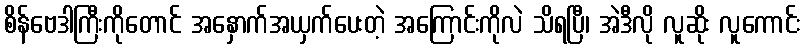
စိန်ဗေဒါကြီးကိုတောင် အနှောက်အယှက်ပေးတဲ့ အကြောင်းကိုလဲ သိရပြီ၊ အဲဒီလို လူဆိုး လူကောင်း